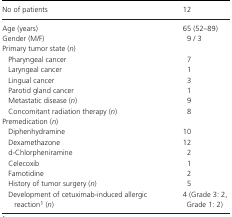
| No of patients | 12 |
 | --- | --- |
 | Age (years) | 65 (52–89) |
 | Gender (M/F) | 9 / 3 |
 | <COLSPAN=2> Primary tumor state (n) |
 | Pharyngeal cancer | 7 |
 | Laryngeal cancer | 1 |
 | Lingual cancer | 3 |
 | Parotid gland cancer | 1 |
 | Metastatic disease (n) | 9 |
 | Concomitant radiation therapy (n) | 8 |
 | <COLSPAN=2> Premedication (n) |
 | Diphenhydramine | 10 |
 | Dexamethazone | 12 |
 | d‐Chlorpheniramine | 2 |
 | Celecoxib | 1 |
 | Famotidine | 2 |
 | History of tumor surgery (n) | 5 |
 | Development of cetuximab‐induced allergic reactiona (n) | 4 (Grade 3: 2, Grade 1: 2) |